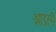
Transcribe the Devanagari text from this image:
झाड़ली